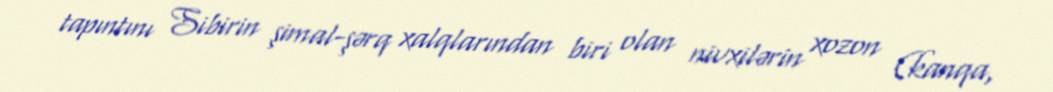
tapıntını Sibirin şimal-şərq xalqlarından biri olan nivxilərin xozon (kanqa,